Leaving Certificate Examination (including Day School Certificate (Higher) General paper), 1936
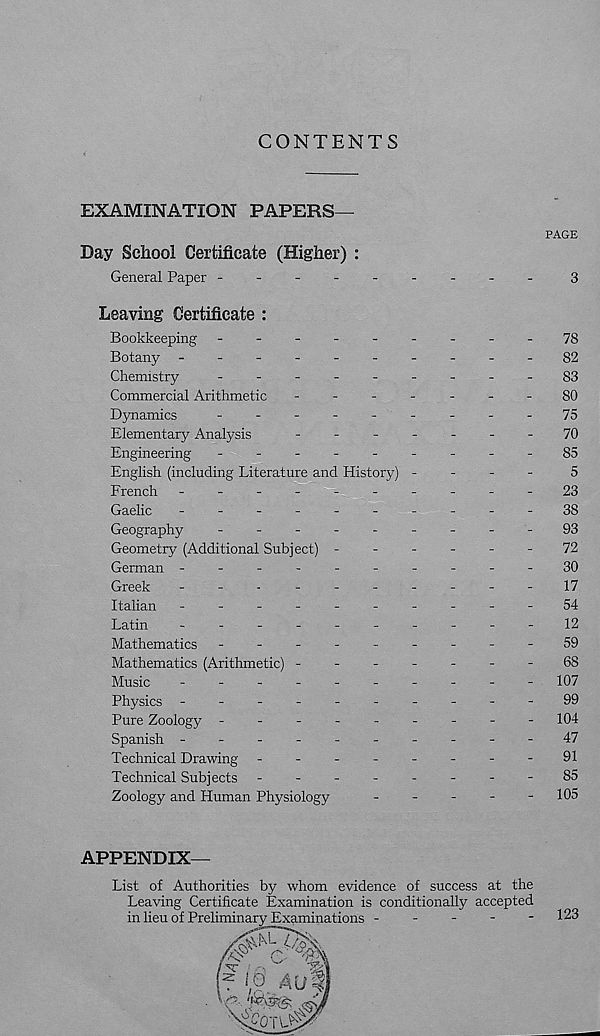
CONTENTS
EXAMINATION PAPERS—
PAGE
Day School Certificate (Higher) :
General Paper --------
-
3
Leaving Certificate :
Bookkeeping -
--
--
--
--78
Botany -
--
--
--
--
-82
Chemistry
-
--
--
--
--83
Commercial Arithmetic
-
--
--
--80
Dynamics
---------
75
Elementary Analysis
-
--
--
--
70
Engineering -
--
--
--
--85
English (including Literature and History) -
-
-
-
5
French ----------
23
Gaelic
-
--
--
--
--
-
38
Geography
-
--
--
--
--93
Geometry (Additional Subject) ------
72
German ----------30
Greek
-
--
--
--
--
-17
Italian -
--
--
--
--
-54
Latin
-
--
--
--
--
-12
Mathematics ---------
59
Mathematics (Arithmetic) -------68
Music
-
--
--
--
--
- 107
Physics -
--
--
--
--
-99
Pure Zoology -
--
--
--
-- 104
Spanish ----------47
Technical Drawing -
-
-
-
-
-
-
-
91
Technical Subjects -
--
--
--
-85
Zoology and Human Physiology
-
-
-
-
- 105
APPENDIX-
List of Authorities by whom evidence of success at the
Leaving Certificate Examination is conditionally accepted
in lieu of Preliminary Examinations -
-
-
-
- 123